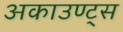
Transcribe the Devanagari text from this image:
अकाउण्ट्स